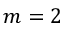
m = 2